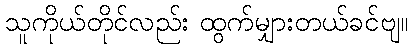
သူကိုယ်တိုင်လည်း ထွက်မျှားတယ်ခင်ဗျ။